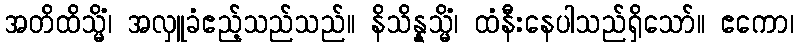
အတိထိသ္မိံ၊ အလှူခံဧည့်သည်သည်။ နိသိန္နသ္မိံ၊ ထံနီးနေပါသည်ရှိသော်။ ဧကော၊